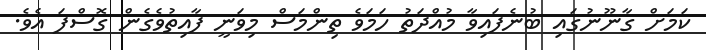
ކަމަށް ގާނޫނުގައި ބުނެފައިވާ މުއްދަތު ހަަމަވެ ތިންމަސް މިވަނީ ފާއިތުވެގެން ގޮސްފަ އެވެ.